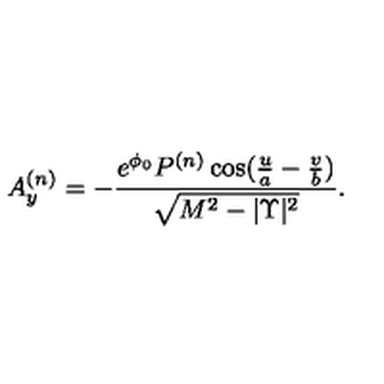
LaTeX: A _ { y } ^ { ( n ) } = - { \frac { { e ^ { \phi _ { 0 } } } P ^ { ( n ) } \cos ( { \frac { u } { a } } - { \frac { v } { b } } ) } { { \sqrt { { M ^ { 2 } } - { | \Upsilon | ^ { 2 } } } } } } .